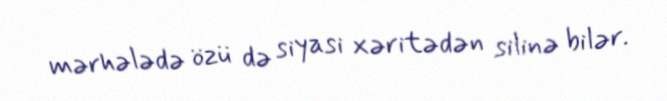
mərhələdə özü də siyasi xəritədən silinə bilər.